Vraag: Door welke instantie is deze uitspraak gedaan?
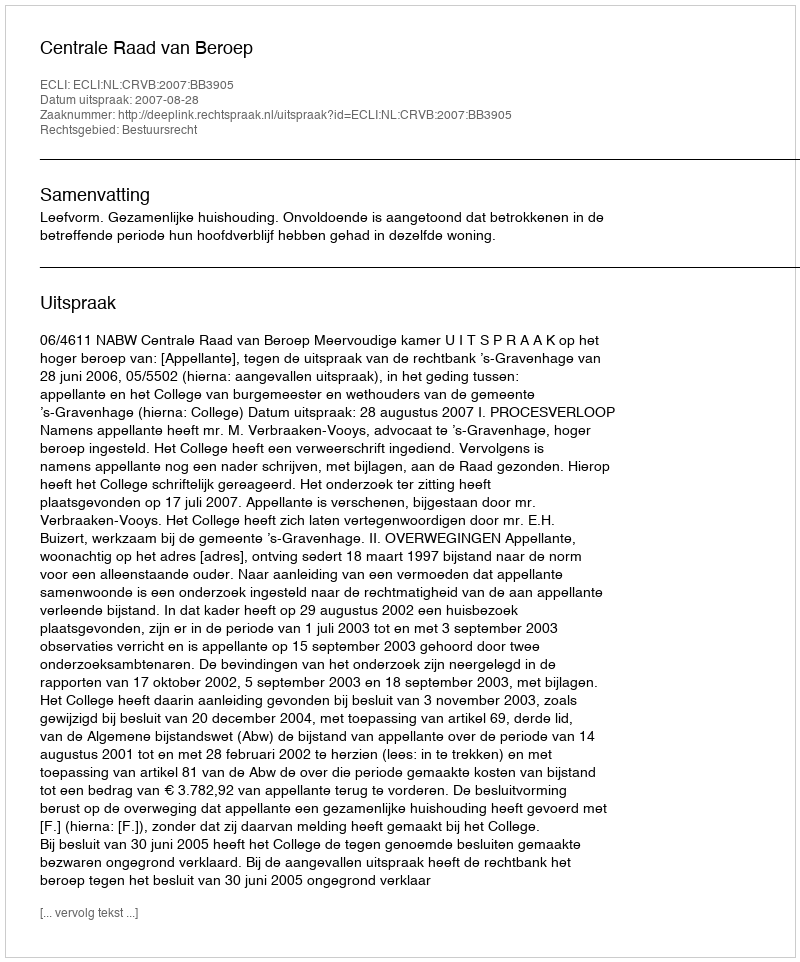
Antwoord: Centrale Raad van Beroep